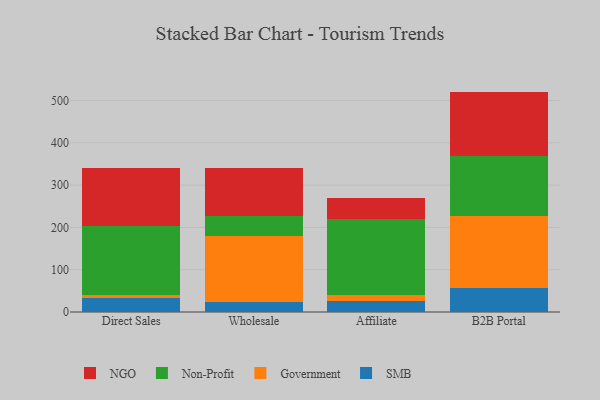
{"axis": {"x": "Channel", "y": "Page Views"}, "legend": ["Government", "NGO", "Non-Profit", "SMB"], "data": [{"x": "Direct Sales", "y": 33.4, "type": "SMB"}, {"x": "Direct Sales", "y": 7.9, "type": "Government"}, {"x": "Direct Sales", "y": 161.7, "type": "Non-Profit"}, {"x": "Direct Sales", "y": 137.0, "type": "NGO"}, {"x": "Wholesale", "y": 24.0, "type": "SMB"}, {"x": "Wholesale", "y": 154.6, "type": "Government"}, {"x": "Wholesale", "y": 48.0, "type": "Non-Profit"}, {"x": "Wholesale", "y": 114.1, "type": "NGO"}, {"x": "Affiliate", "y": 25.1, "type": "SMB"}, {"x": "Affiliate", "y": 14.4, "type": "Government"}, {"x": "Affiliate", "y": 179.9, "type": "Non-Profit"}, {"x": "Affiliate", "y": 50.4, "type": "NGO"}, {"x": "B2B Portal", "y": 55.6, "type": "SMB"}, {"x": "B2B Portal", "y": 171.3, "type": "Government"}, {"x": "B2B Portal", "y": 141.5, "type": "Non-Profit"}, {"x": "B2B Portal", "y": 152.7, "type": "NGO"}]}